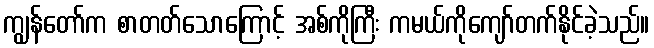
ကျွန်တော်က စာတတ်သောကြောင့် အစ်ကိုကြီး ကမယ်ကိုကျော်တက်နိုင်ခဲ့သည်။